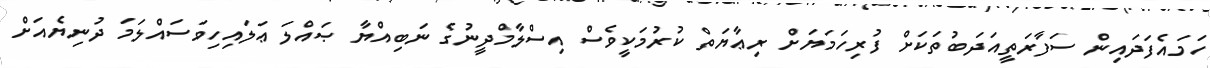
ހަމައެފަދައިން ސަފާރަތީއަދަބުތަކަށް ފުރިހަމަޔަށް ރިޢާޔަތް ކުރުމަކީވެސް އިސްލާމްދީނުގެ ނަބިއްޔާ ޞައްލަ ޢަލައިހިވަސައްލަމަ ދުނިޔެއަށް